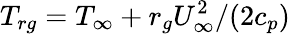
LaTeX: T_{rg}=T_{\infty}+r_{g}U_{\infty}^{2}/(2c_{p})